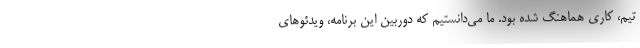
تیم، کاری هماهنگ شده بود. ما می‌دانستیم که دوربین این برنامه، ویدئوهای